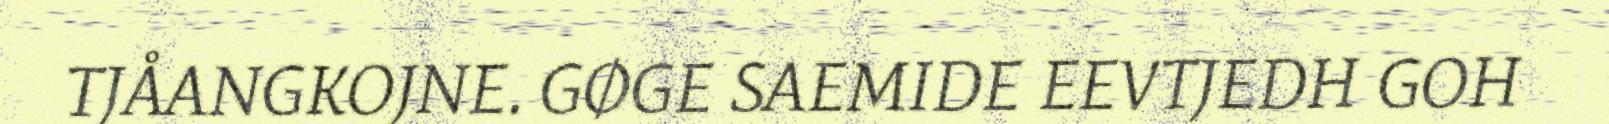
TJÅANGKOJNE. GØGE SAEMIDE EEVTJEDH GOH